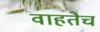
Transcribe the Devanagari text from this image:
वाहतेच